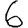
Digit: 6